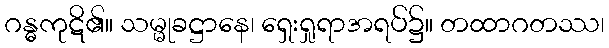
ဂန္ဓကုဋိ၏။ သမ္မုခဋ္ဌာနေ၊ ရှေးရှုရာအရပ်၌။ တထာဂတဿ၊